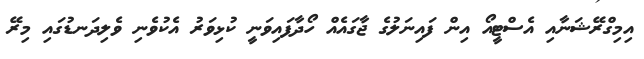
އިމިގްރޭޝަނާއި އެސްޓީއޯ އިން ފައިނަލުގެ ޖާގައެއް ހޯދާފައިވަނީ ކުޅިވަރު އެކުވެނި ވެލިދަނޑުގައި މިރޭ